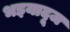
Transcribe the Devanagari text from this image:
भइयादूज